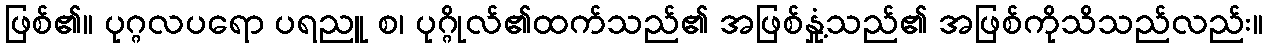
ဖြစ်၏။ ပုဂ္ဂလပရော ပရညူ စ၊ ပုဂ္ဂိုလ်၏ထက်သည်၏ အဖြစ်နှုံ့သည်၏ အဖြစ်ကိုသိသည်လည်း။